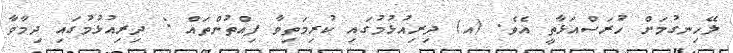
ލޭހިނގުމަށް ހުރަސްއަޅާތީ އެވެ. (އ) ދިރިއުޅުމުގައި ކުރިމަތިވާ ފިއްތުންތައް : ދިރިއުޅުމުގައި ދިމާވާ